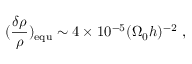
( \frac { \delta \rho } { \rho } ) _ { \mathrm { { e q u } } } \sim 4 \times 1 0 ^ { - 5 } ( \Omega _ { 0 } h ) ^ { - 2 } ~ ,